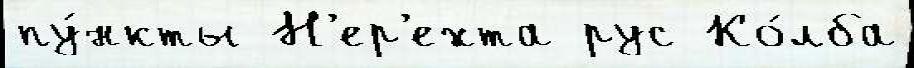
пу́нкты Н'ер'ехта рус Ко́лба